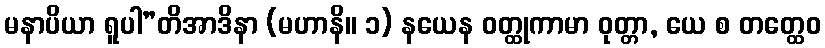
မနာပိယာ ရူပါ”တိအာဒိနာ (မဟာနိ။ ၁) နယေန ဝတ္ထုကာမာ ဝုတ္တာ, ယေ စ တတ္ထေဝ